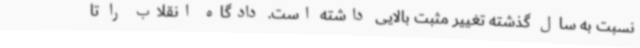
نسبت به سال گذشته تغییر مثبت بالایی داشته است. دادگاه انقلاب را تا